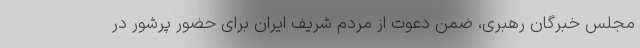
مجلس خبرگان رهبری، ضمن دعوت از مردم شریف ایران برای حضور پرشور در